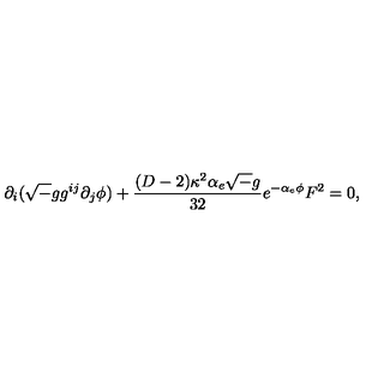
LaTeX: \partial _ { i } ( { \sqrt - g } g ^ { i j } \partial _ { j } \phi ) + { \frac { ( D - 2 ) \kappa ^ { 2 } \alpha _ { e } { \sqrt - g } } { 3 2 } } e ^ { - \alpha _ { e } \phi } F ^ { 2 } = 0 ,